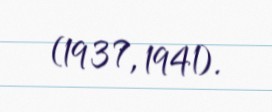
(1937, 1941).